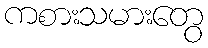
ကစားသမားတွေ